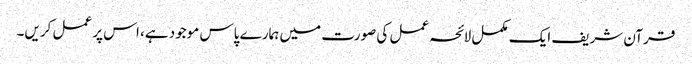
قرآن شریف ایک مکمل لائحہ عمل کی صورت میں ہمارے پاس موجود ہے، اس پر عمل کریں۔